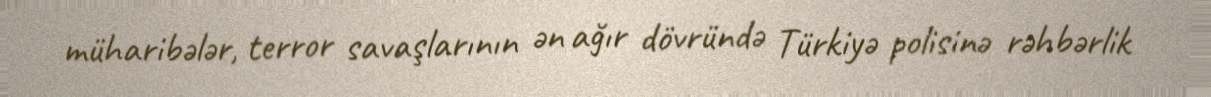
müharibələr, terror savaşlarının ən ağır dövründə Türkiyə polisinə rəhbərlik